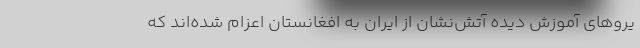
یروهای آموزش دیده آتش‌نشان از ایران به افغانستان اعزام شده‌اند که